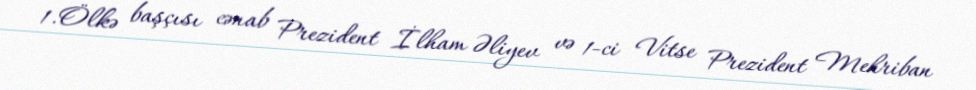
1.Ölkə başçısı cənab Prezident İlham Əliyev və 1-ci Vitse Prezident Mehriban